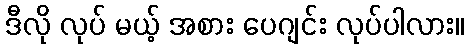
ဒီလို လုပ် မယ့် အစား ပေဂျင်း လုပ်ပါလား။